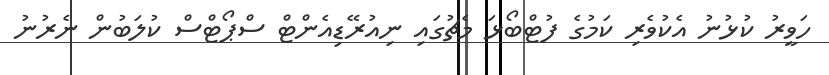
ހަވީރު ކުޅުނު އެކުވެރި ކަމުގެ ފުޓްބޯޅަ މެޗުގައި ނިއުރޭޑިއެންޓް ސްޕޯޓްސް ކުލަބުން ނެރުނު